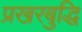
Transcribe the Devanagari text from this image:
प्रखरबुद्धि